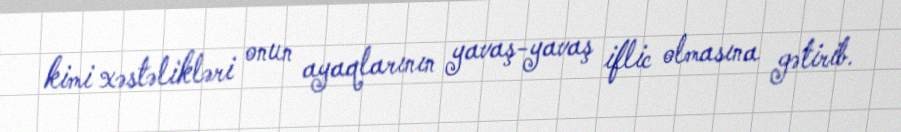
kimi xəstəlikləri onun ayaqlarının yavaş-yavaş iflic olmasına gətirib.